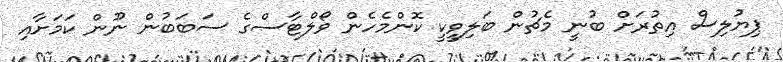
ޕިޔުލިސް އިތުރަށް ބުނީ މެޗުން ބަލިވީކީ ކޮންމެހެން ވޯލްޓާސްގެ ސަބަބުން ނޫން ކަމަށާއި